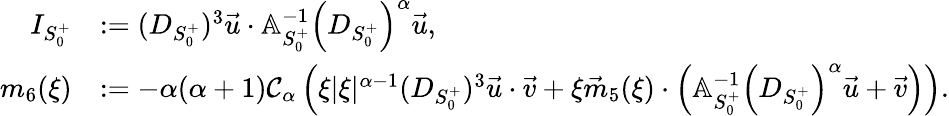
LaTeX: \begin{array}{rl}{I_{S_{0}^{+}}}&{:=(D_{S_{0}^{+}})^{3}\vec{u}\cdot\mathbb{A}_{S_{0}^{+}}^{-1}\left(D_{S_{0}^{+}}\right)^{\alpha}\vec{u},}\\ {m_{6}(\xi)}&{:=-{\alpha(\alpha+1)\mathcal{C}_{\alpha}}\left(\xi|\xi|^{\alpha-1}(D_{S_{0}^{+}})^{3}\vec{u}\cdot\vec{v}+\xi\vec{m}_{5}(\xi)\cdot\left(\mathbb{A}_{S_{0}^{+}}^{-1}\left(D_{S_{0}^{+}}\right)^{\alpha}\vec{u}+\vec{v}\right)\right).}\end{array}